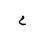
Letter: _ha